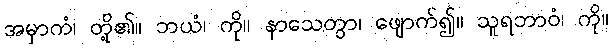
အမှာကံ၊ တို့၏။ ဘယံ၊ ကို။ နာသေတွာ၊ ဖျောက်၍။ သူရဘာဝံ၊ ကို။